Investigations into the jail dietaries of the United Provinces with some observations on the influence of dietary on the physical development and well-being of the people of the United Provinces - Number 48
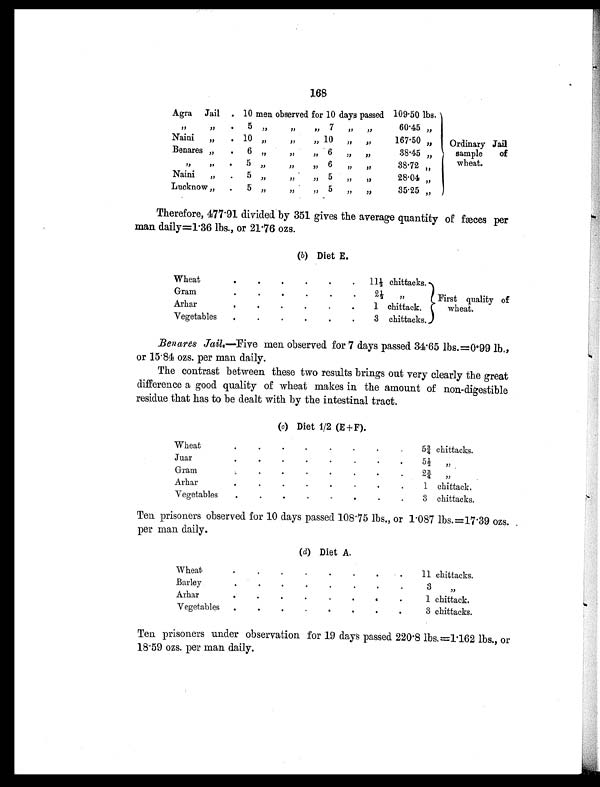
166
Agra Jail . . 10 men observed for 10 days passed 109.50 lbs.
Ordinary Jail
sample of
wheat.
, ,
, , . 5 ,,
, , ,, 7 ,,
, ,
60.45 „
Naini „ . 10 „
, , „ 10 ,, „
167.50 „
Benares „ . 6 , ,
, , ,, 6
, ,
, ,
38.45 „
, , ,,
. 5 , ,
, , ,, 6 ,, ,,
38.72 , ,
Naini „ . 5 , ,
, , ,, 5
, , , ,
28.04 „
Lucknow „ . 5 „
,,
,, 5 ,, , ,
35.25 „
Therefore, 477.91 divided by 351 gives the average quantity of fæces per
man daily=1.36 lbs., or 21.76 ozs.
(b) Diet E.
Wheat
.
.
.
.
.
. 11½ chittacks.
First quality of
wheat.
Gram
. .
. .
.
.
2 ½ , ,
Arhar
.
.
.
.
.
.
1 chittack.
Vegetables .
.
.
. .
.
3 chittacks.
Benares Jail.—Five men observed for 7 days passed 34.65 lbs.=0.99 lb.,
or 15.84 ozs. per man daily.
The contrast between these two results brings out very clearly the great
difference a good quality of wheat makes in the amount of non.-digestible
residue that has to be dealt with by the intestinal tract.
(c) Diet 1/2 (E+F).
Wheat
.
.
. .
.
.
.
. 5¾1 chittacks.
Juar
.
.
.
.
.
.
.
. 5½ „
Gram
.
.
.
.
.
.
.
.
2 ¾ „
A r h a r .
.
. . . . . .
.
.
.
. 1 chittack.
Vegetables
.
.
. .
.
.
. .
3 chittacks.
Ten prisoners observed for 10 days passed 108.75 lbs., or 1.087 lbs.=17.39 ozs. .
per man daily.
(d) Diet A.
Wheat
.
.
.
.
.
.
. .
11 chittacks.
Barley
.
.
.
.
.
.
.
.
3 , ,
Arhar
.
.
.
.
.
.
.
.
1 chittack.
Vegetables .
.
. .
.
.
.
.
3 chittacks.
Ten prisoners under observation for 19 days passed 220.8 lbs. =1.162 lbs., or
18.59 ozs. per man daily.